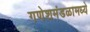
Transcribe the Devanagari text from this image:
गणेशमंडळामध्ये